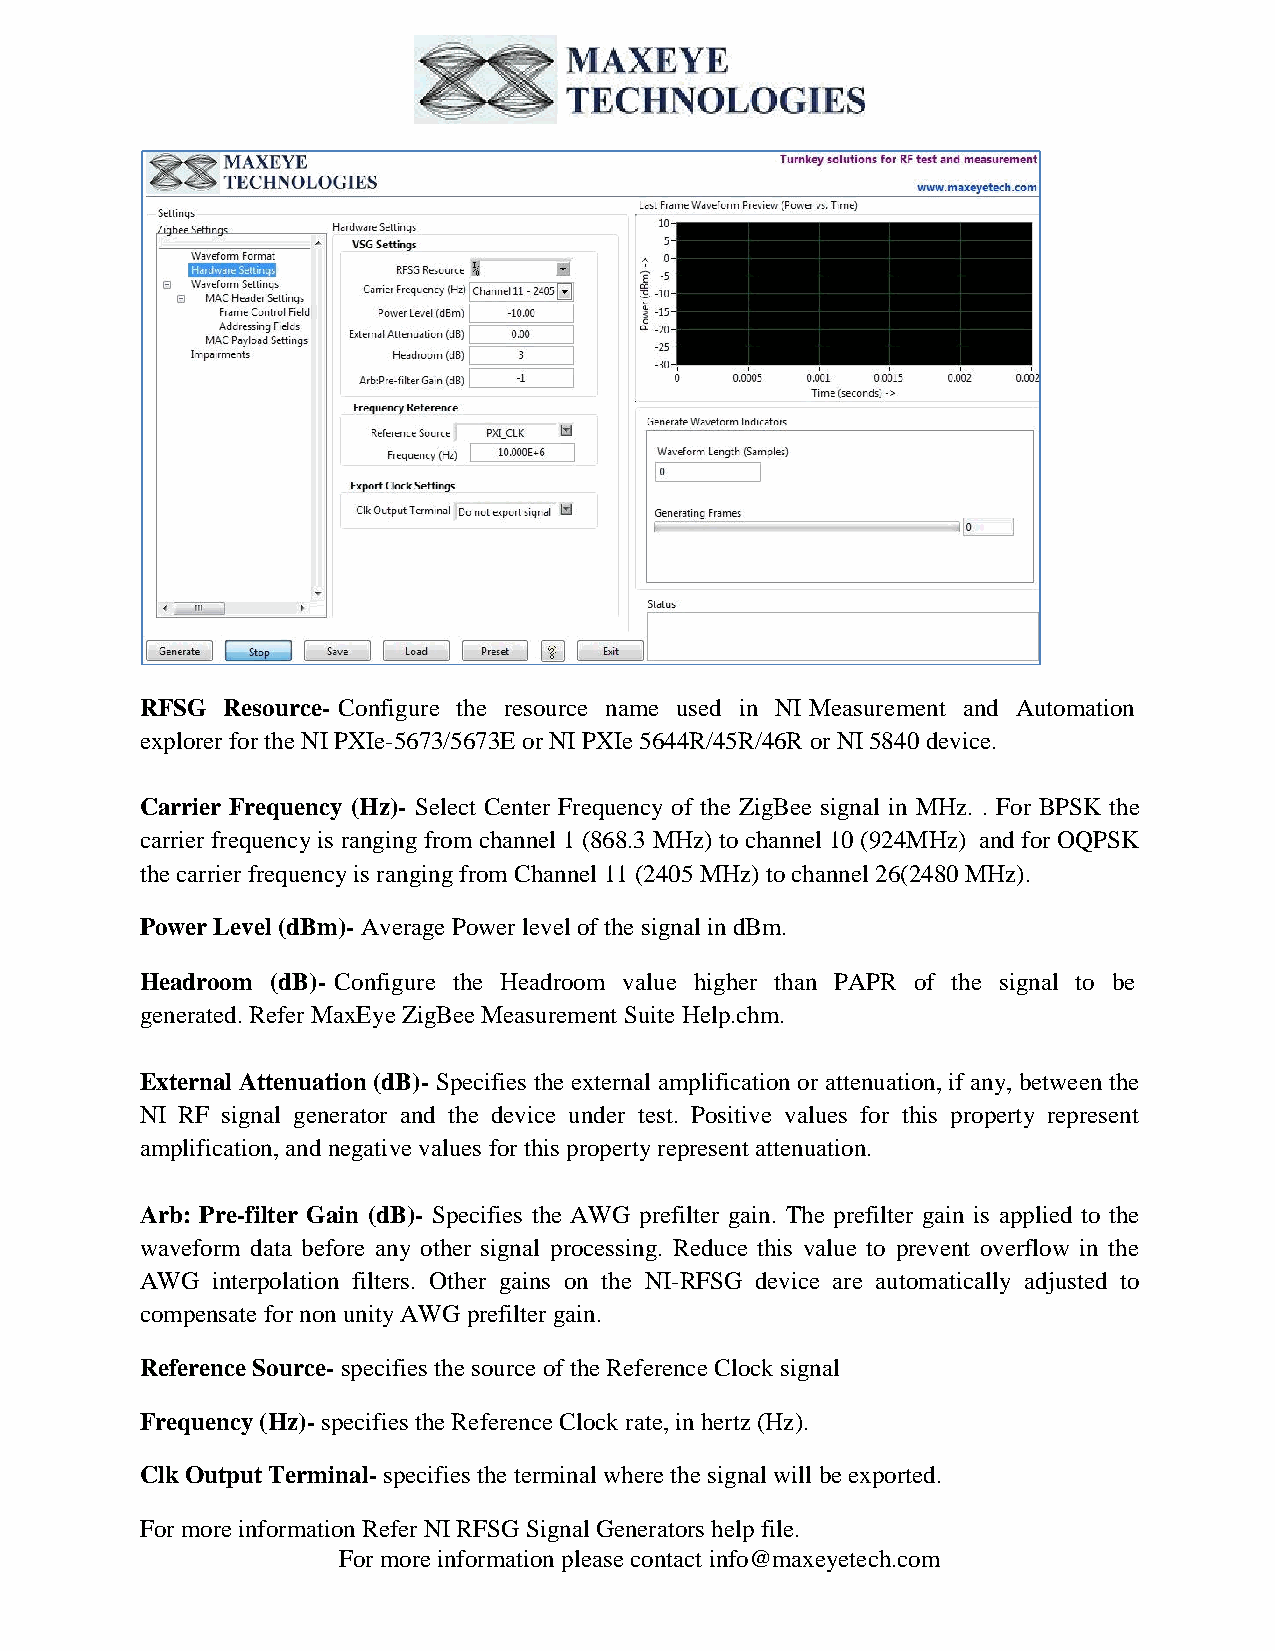
RFSG  Resource- Configure the resource name used in NI Measurement and Automation
 explorer for the NI PXIe-5673/5673E or NI PXIe 5644R/45R/46R or NI 5840 device.
 Carrier Frequency (Hz)- Select Center Frequency of the ZigBee signal in MHz. . For BPSK the
 carrier frequency is ranging from channel 1 (868.3 MHz) to channel 10 (924MHz) and for OQPSK
 the carrier frequency is ranging from Channel 11 (2405 MHz) to channel 26(2480 MHz).
 Power Level (dBm)- Average Power level of the signal in dBm.
 Headroom (dB)- Configure the Headroom value higher than PAPR of the signal to be
 generated. Refer MaxEye ZigBee Measurement Suite Help.chm.
 External Attenuation (dB)- Specifies the external amplification or attenuation, if any, between the
 NI RF signal generator and the device under test. Positive values for this property represent
 amplification, and negative values for this property represent attenuation.
 Arb: Pre-filter Gain (dB)- Specifies the AWG prefilter gain. The prefilter gain is applied to the
 waveform data before any other signal processing. Reduce this value to prevent overflow in the
 AWG  interpolation filters. Other gains on the NI-RFSG device are automatically adjusted to
 compensate for non unity AWG prefilter gain.
 Reference Source- specifies the source of the Reference Clock signal
 Frequency (Hz)- specifies the Reference Clock rate, in hertz (Hz).
 Clk Output Terminal- specifies the terminal where the signal will be exported.
 For more information Refer NI RFSG Signal Generators help file.
 For more information please contact info@maxeyetech.com